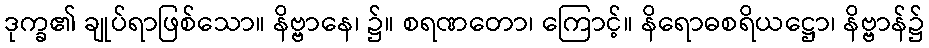
ဒုက္ခ၏ ချုပ်ရာဖြစ်သော။ နိဗ္ဗာနေ၊ ၌။ စရဏတော၊ ကြောင့်။ နိရောဓစရိယဋ္ဌော၊ နိဗ္ဗာန်၌